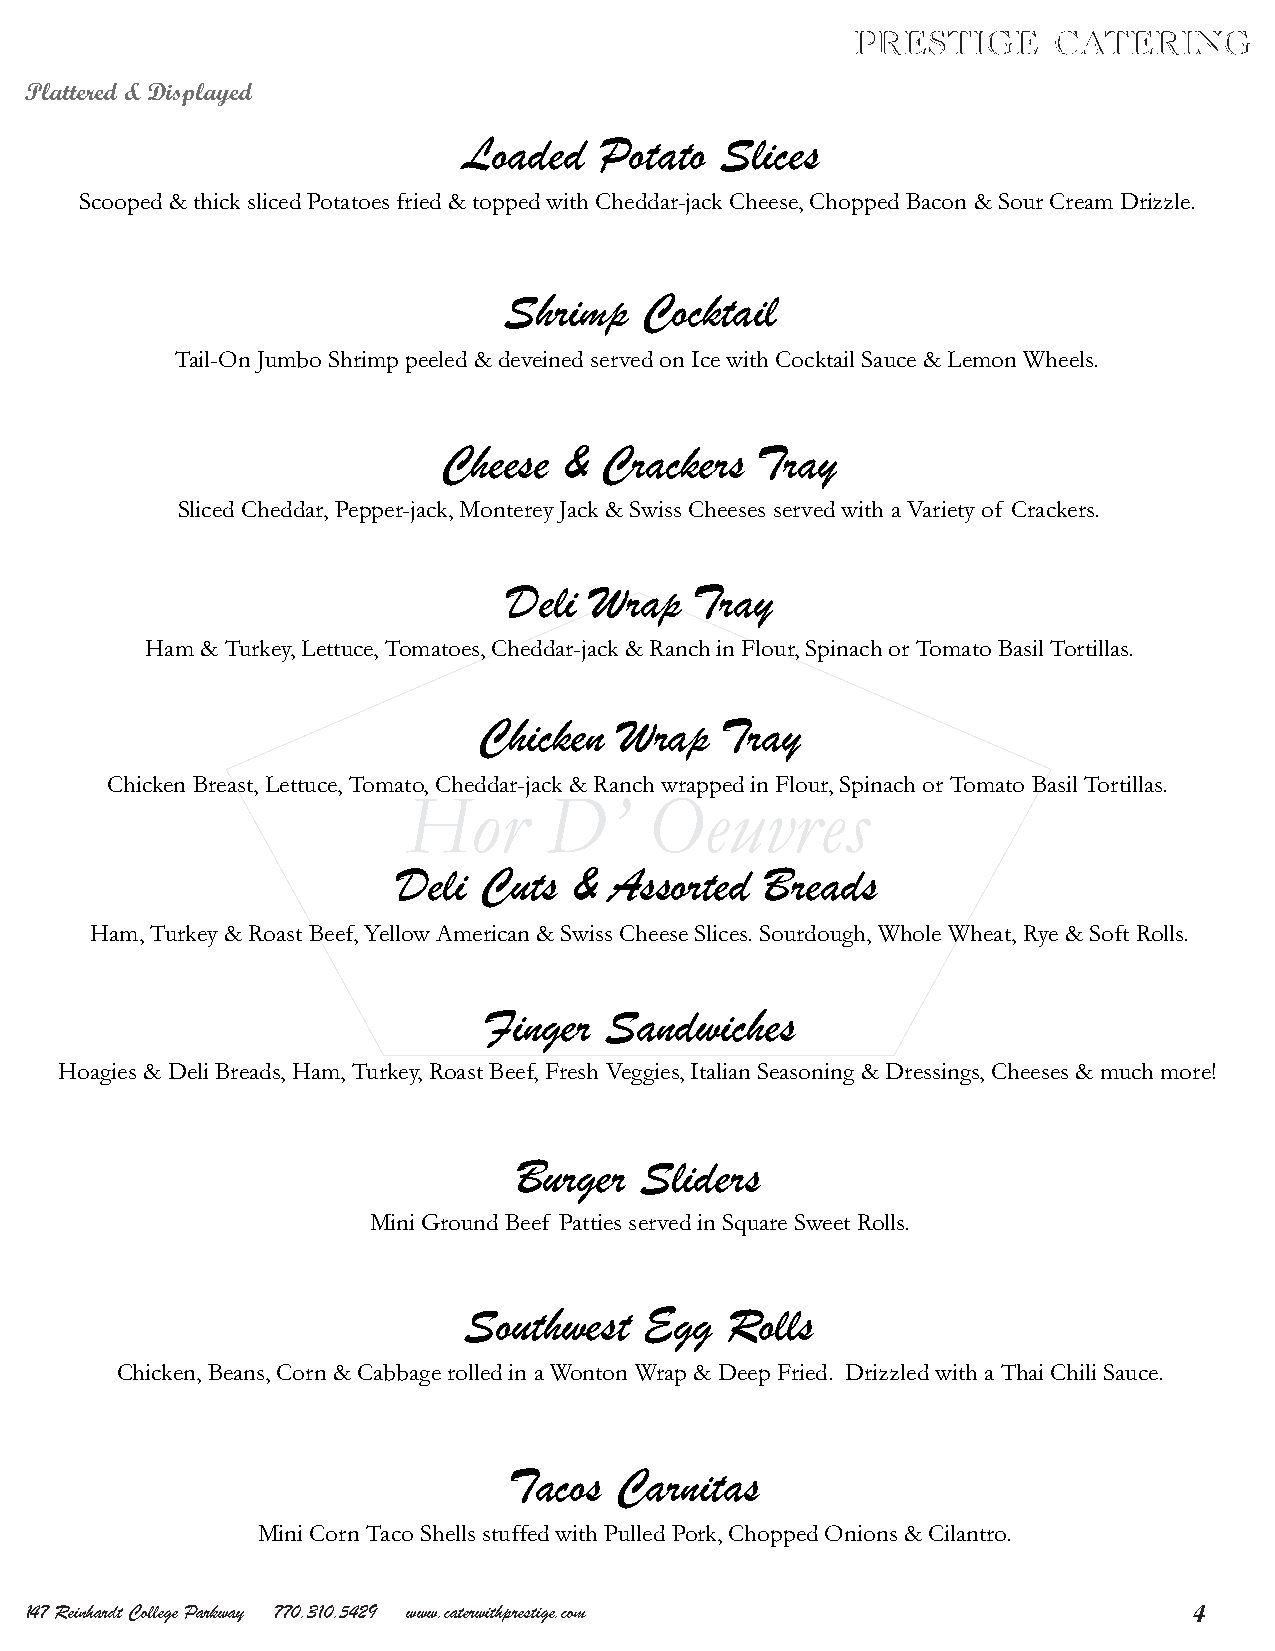
Plattered & Displayed
 Loaded   Potato  Slices
 Scooped & thick sliced Potatoes fried & topped with Cheddar-jack Cheese, Chopped Bacon & Sour Cream Drizzle.
 Shrimp    Cocktail
 Tail-On Jumbo Shrimp peeled & deveined served on Ice with Cocktail Sauce & Lemon Wheels.
 Cheese  &  Crackers  Tray
 Sliced Cheddar, Pepper-jack, Monterey Jack & Swiss Cheeses served with a Variety of Crackers.
 Deli Wrap   Tray
 Ham & Turkey, Lettuce, Tomatoes, Cheddar-jack & Ranch in Flour, Spinach or Tomato Basil Tortillas.
 Chicken  Wrap   Tray
 Chicken Breast, Lettuce, Tomato, Cheddar-jack & Ranch wrapped in Flour, Spinach or Tomato Basil Tortillas.
 HHoorr   DD’’   OOeeuuvvrreess
 Deli  Cuts  & Assorted   Breads
 Ham, Turkey & Roast Beef, Yellow American & Swiss Cheese Slices. Sourdough, Whole Wheat, Rye & Soft Rolls.
 Finger  Sandwiches
 Hoagies & Deli Breads, Ham, Turkey, Roast Beef, Fresh Veggies, Italian Seasoning & Dressings, Cheeses & much more!
 Burger  Sliders
 Mini Ground Beef Patties served in Square Sweet Rolls.
 Southwest   Egg  Rolls
 Chicken, Beans, Corn & Cabbage rolled in a Wonton Wrap & Deep Fried. Drizzled with a Thai Chili Sauce.
 Tacos  Carnitas
 Mini Corn Taco Shells stuffed with Pulled Pork, Chopped Onions & Cilantro.
 147 Reinhardt College Parkway 770.310.5429 www.caterwithprestige.com         4